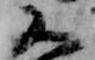
又